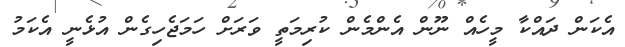
އެކަން ދައްކާ މީހެއް ނޫން އެންމެން ކުރިމަތީ ވަރަށް ހަމަޖެހިގެން އުޅެނީ އެކަމު